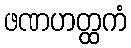
ဖဏဟတ္ထကံ